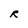
Character: R